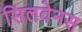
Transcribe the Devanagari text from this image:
सिलवेनस